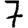
Digit: 7